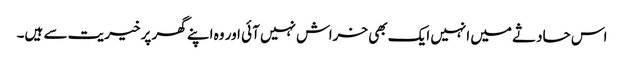
اس حادثے میں انہیں ایک بھی خراش نہیں آئی اور وہ اپنے گھر پر خیریت سے ہیں۔